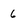
Character: 6